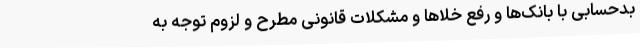
بدحسابی با بانک‌ها و رفع خلاها و مشکلات قانونی مطرح و لزوم توجه به